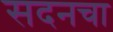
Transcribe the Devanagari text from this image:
सदनचा